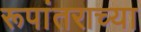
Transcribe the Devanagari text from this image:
रूपांतराच्या